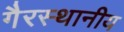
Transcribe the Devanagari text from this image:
गैरस्थानीय